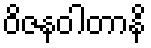
ဝိဇနဝါတာနိ